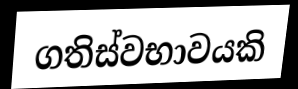
ගතිස්වභාවයකි